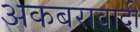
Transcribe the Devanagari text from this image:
अकबरावादी